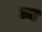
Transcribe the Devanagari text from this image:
घ्न